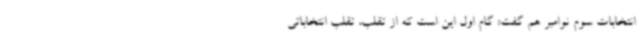
انتخابات سوم نوامبر هم گفت: گام اول این است که از تقلب، تقلب انتخاباتی